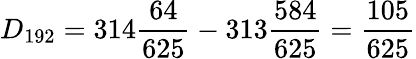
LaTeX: {}D_{192}=314{\frac{64}{625}}-313{\frac{584}{625}}={\frac{105}{625}}